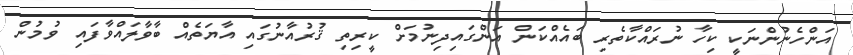
އަންހެނުންނަކީ ކިހާ ނުރައްކާތެރި ބައެއްކަން އަންގައިދިނުމަށް ކީރިތި ޤުރުއާނުގައި އާޔަތެއް ބާވާލައްވާފައި ވުމުން